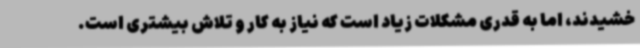
خشیدند، اما به قدری مشکلات زیاد است که نیاز به کار و تلاش بیشتری است.